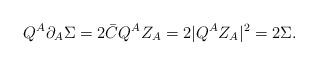
LaTeX: \begin{align*}Q^A \partial_A \Sigma = 2 \bar{C} Q^A Z_A = 2 |Q^A Z_A|^2 = 2 \Sigma.\end{align*}